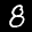
Label: 8